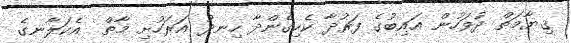
ޤިޔާމަތް ދުވަހުން ޣައިބުގެ ފަރުދާ ކެހިގެންދާ ހިނދު އަރަހުށި މާތް  އެކަލާނގެ